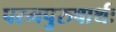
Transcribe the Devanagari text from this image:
परमपुरुषार्थः